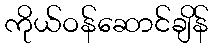
ကိုယ်ဝန်ဆောင်ချိန်